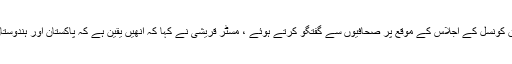
بدھ کے روز یہاں اقوام متحدہ کی انسانی حقوق کونسل کے اجلاس کے موقع پر صحافیوں سے گفتگو کرتے ہوئے ، مسٹر قریشی نے کہا کہ انھیں یقین ہے کہ پاکستان اور ہندوستان دونوں تنازعات کے نتائج کو سمجھتے ہیں۔